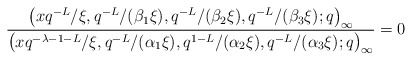
\begin{align*}& \frac{\big(x q^{-L}/\xi, q^{-L}/(\beta_1 \xi ), q^{-L}/(\beta_2 \xi ), q^{-L}/(\beta_3 \xi ) ;q\big)_{\infty}}{\big(x q^{-\lambda -1 -L} / \xi, q^{-L}/(\alpha_1 \xi ), q^{1-L}/(\alpha_2 \xi ), q^{-L}/(\alpha_3 \xi ) ;q\big)_{\infty}} =0\end{align*}